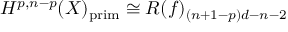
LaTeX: H ^ { p , n - p } ( X ) _ { \mathrm { p r i m } } \cong R ( f ) _ { ( n + 1 - p ) d - n - 2 }